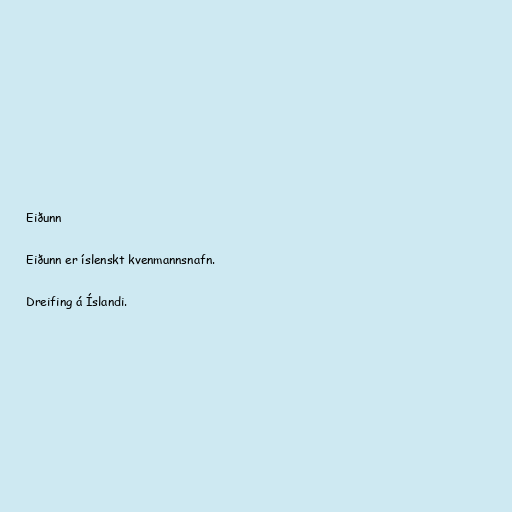
Eiðunn

Eiðunn er íslenskt kvenmannsnafn.

Dreifing á Íslandi.